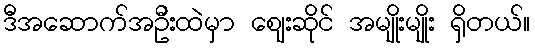
ဒီအဆောက်အဦးထဲမှာ ဈေးဆိုင် အမျိုးမျိုး ရှိတယ်။